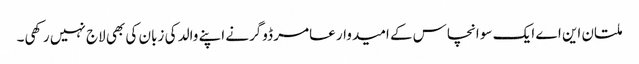
ملتان این اے ایک سو انچاس کے امیدوار عامر ڈوگرنے اپنے والد کی زبان کی بھی لاج نہیں رکھی۔